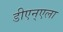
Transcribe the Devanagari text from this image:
डीएन्एला